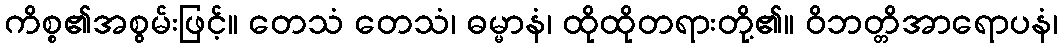
ကိစ္စ၏အစွမ်းဖြင့်။ တေသံ တေသံ၊ ဓမ္မာနံ၊ ထိုထိုတရားတို့၏။ ဝိဘတ္တိအာရောပနံ၊